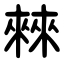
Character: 㯤